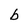
Character: b